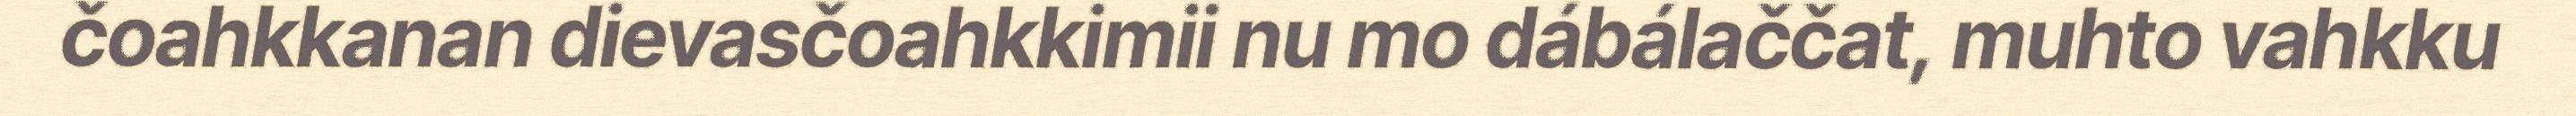
čoahkkanan dievasčoahkkimii nu mo dábálaččat, muhto vahkku